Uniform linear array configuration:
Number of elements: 4
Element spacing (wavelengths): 0.25
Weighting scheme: hamming
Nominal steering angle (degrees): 0
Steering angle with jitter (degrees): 0.2901
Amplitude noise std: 0.05
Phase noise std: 0.05

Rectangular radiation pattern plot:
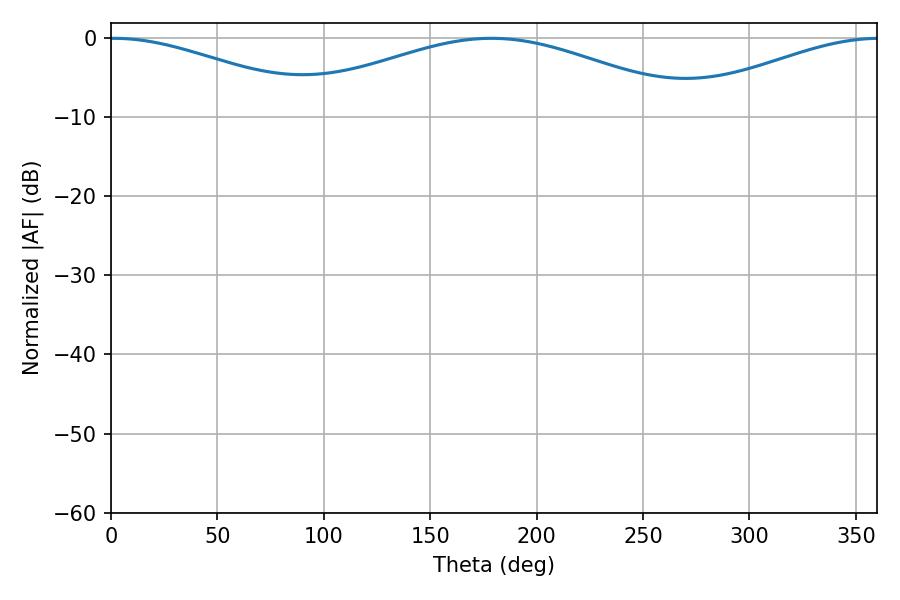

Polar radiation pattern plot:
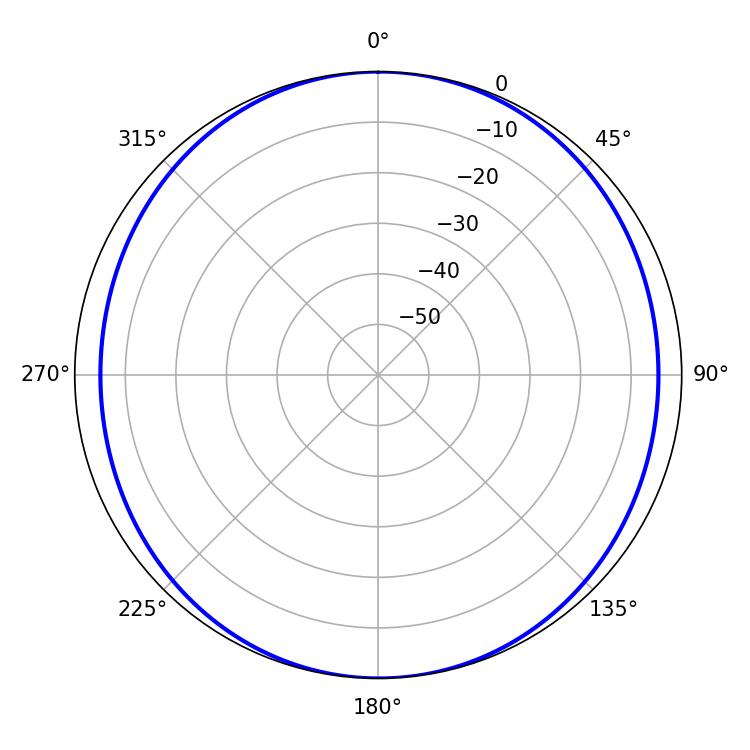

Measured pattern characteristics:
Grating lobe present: FALSE
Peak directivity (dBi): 14.354
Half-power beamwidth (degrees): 54.72
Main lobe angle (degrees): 1.26